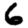
Digit: 6